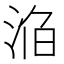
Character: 𣵥